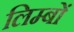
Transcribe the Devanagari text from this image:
लिम्बों